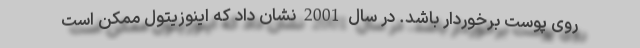
روی پوست برخوردار باشد. در سال 2001 نشان داد که اینوزیتول ممکن است